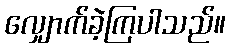
လျှောက်ခဲ့ကြပါသည်။